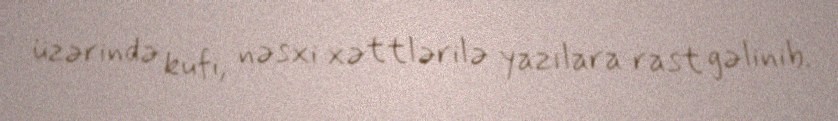
üzərində kufi, nəsxi xəttlərilə yazılara rast gəlinib.